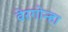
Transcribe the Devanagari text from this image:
वेरगोन्हा